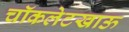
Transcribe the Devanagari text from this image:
चॉकलेटखाऊ